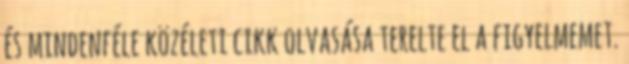
és mindenféle közéleti cikk olvasása terelte el a figyelmemet.